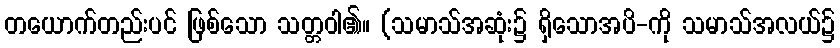
တယောက်တည်းပင် ဖြစ်သော သတ္တဝါ၏။ (သမာသ်အဆုံး၌ ရှိသောအပိ-ကို သမာသ်အလယ်၌